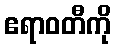
ဧရာဝတီကို